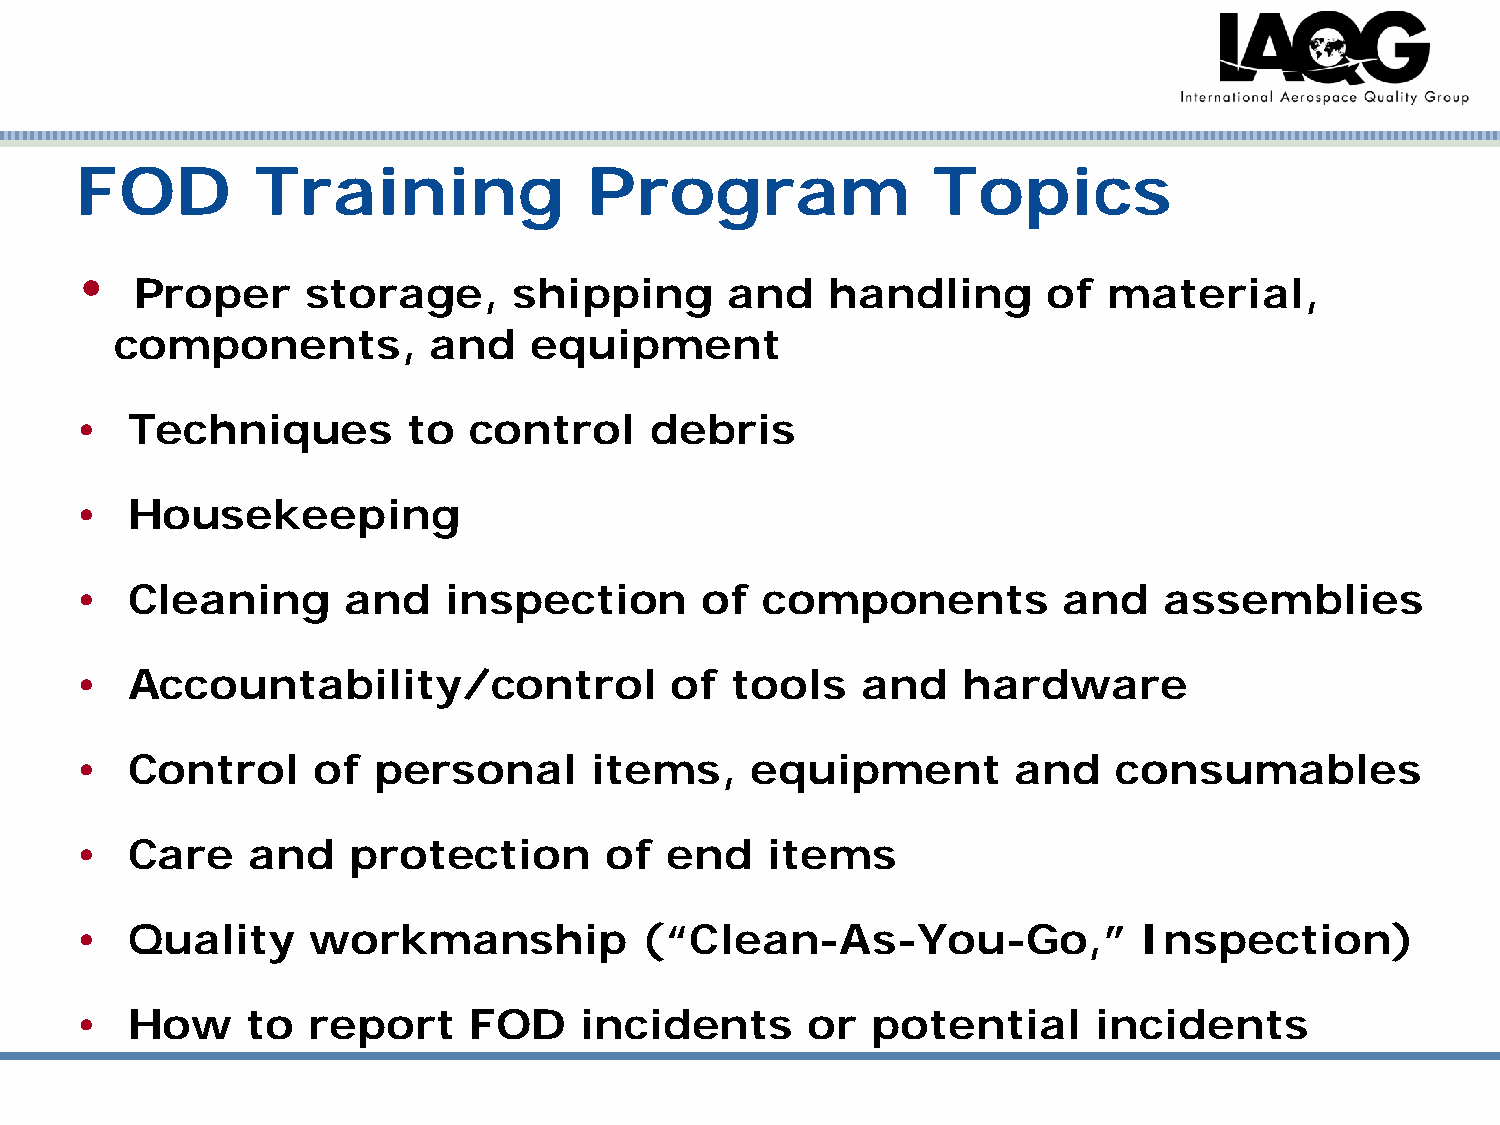
FOD         Training              Program                Topics
 •
 Proper     storage,      shipping      and    handling      of  material,
 components,         and    equipment
 •  Techniques         to  control     debris
 •  Housekeeping
 •  Cleaning       and    inspection      of   components         and    assemblies
 •  Accountability/control              of  tools    and    hardware
 •  Control      of  personal      items,     equipment        and    consumables
 •  Care    and    protection       of  end    items
 •  Quality      workmanship           (“Clean-As-You-Go,”              Inspection)
 •  How     to  report     FOD    incidents      or   potential      incidents